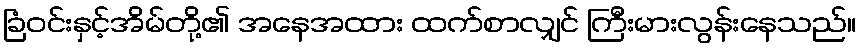
ခြံဝင်းနှင့်အိမ်တို့၏ အနေအထား ထက်စာလျှင် ကြီးမားလွန်းနေသည်။